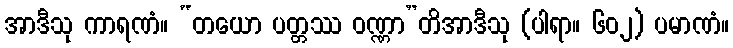
အာဒီသု ကာရဏံ။ “တယော ပတ္တဿ ဝဏ္ဏာ”တိအာဒီသု (ပါရာ။ ၆၀၂) ပမာဏံ။